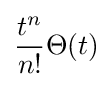
{\frac {t^{n}}{n!}}\Theta (t)